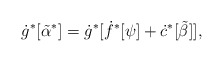
\begin{align*}\dot{g}^*[\tilde{\alpha}^*]= \dot{g}^*[\dot{f}^*[\psi] + \dot{c}^*[\tilde{\beta}]] ,\end{align*}